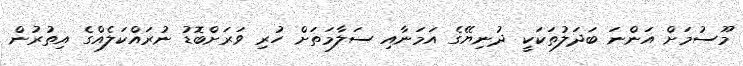
މޫސުމަށް އަންނަ ބަދަލުތަކަކީ ދުނިޔޭގެ އަމަނާއި ސަލާމަތަށް ހުރި ވަރަށްބޮޑު ނުރައްކަލެއްގެ އިތުރުން